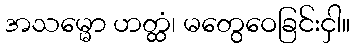
အသမ္မော ဟတ္ထံ၊ မတွေဝေခြင်းငှါ။